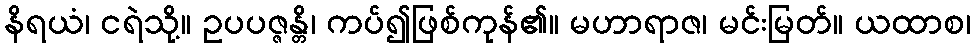
နိရယံ၊ ငရဲသို့။ ဥပပဇ္ဇန္တိ၊ ကပ်၍ဖြစ်ကုန်၏။ မဟာရာဇ၊ မင်းမြတ်။ ယထာစ၊